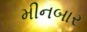
મીનબાર